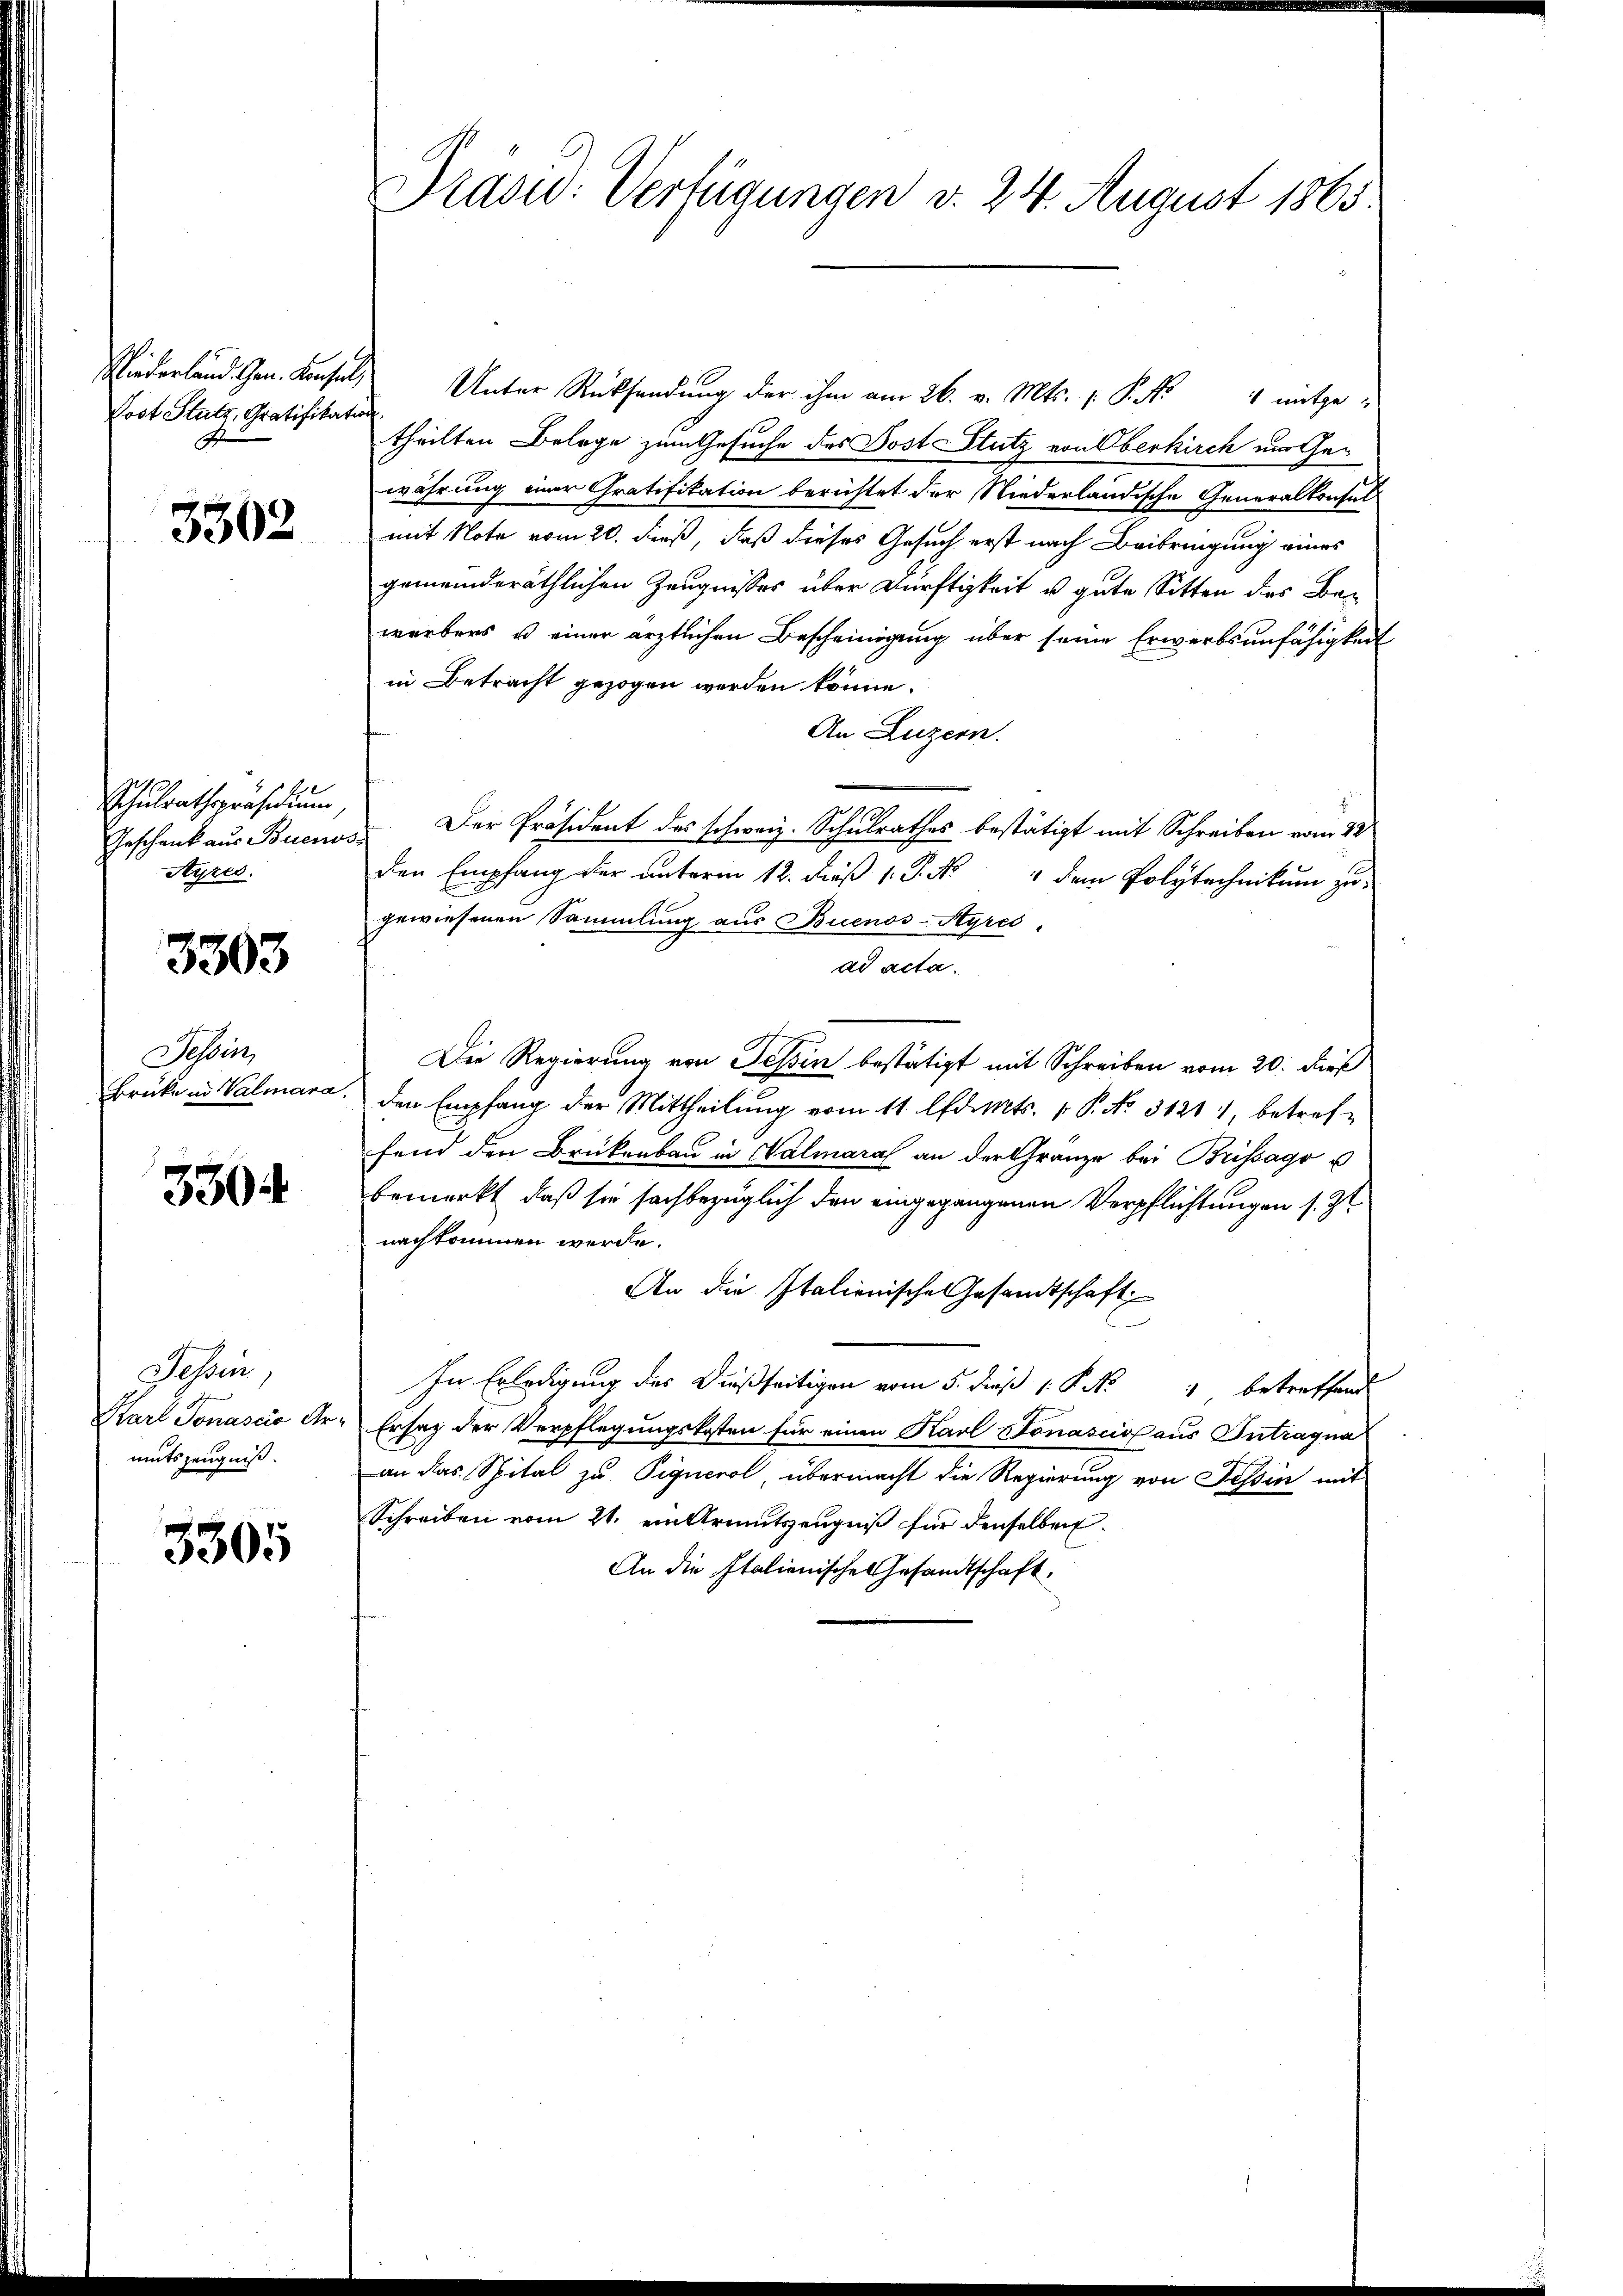
Niederland. Gen. Konsul,
Post Stutz, Gratifikation
B

3302

Schulrathspräsidium,
Geschenk aus Buenos
Ayres.

3803

Tessin,
Brücke in Valmara.

330

Fessen,
Karl Tonascio Ar
mutszeugniß.

3305

Prasur: Verfügungen v. 24. August 1865.

Unter Rücksendung der ihm am 26. v. Mts. P. Nr. 4 mitgetheilten Belege zum Gesuche des Post Stutz von Oberkirch um Gewährung einer Gratifikation berichtet der Niederländische Generalkonsul
mit Note vom 20. dieß, daß dieses Gesuch erst nach Beibringung eines
gemeinderäthlichen Zeugnisses über Dürftigkeit u. gute Sitten des Bewerbers u einer ärztlichen Bescheinigung über seine Erwerbsunfähigkeit
in Betracht gezogen werden könne.
An Luzern.
Der Präsident des schweiz. Schulrathes bestätigt mit Schreiben vom 22
den Empfang der unterm 12. dieß 1. P. Nr. 4 dem Polytechnikum zu
gewiesenen Sammlung aus Buenos-Ayres.
ad acta.
Die Regierung von Tessin bestätigt mit Schreiben vom 20. dieß
den Empfang der Mittheilung vom 11. Ad. Mts. 1. P. No. 31211, betreffend den Brükenbau in Walmaral an der Gränze bei Brissago u
bemerkt, daß sie sachbezüglich den eingegangenen Verpflichtungen s. Zt
nachkommen werde.
An die Italienische Gesamtschaft
l
In Erledigung des dießseitigen vom 5. dieß 1 S. 4 betreffend
Ersaz der Verpflegungskosten für einen Karl Jonascios aus Intragna
an das Spital zu Pignerol übermacht die Regierung von Tessin mit
Schreiben vom 21. ein Armutszeugniß für denselben
An die Italienische Gesandtschaft.